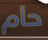
حام